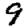
Digit: 9